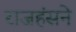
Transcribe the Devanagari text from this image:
राजहंसने